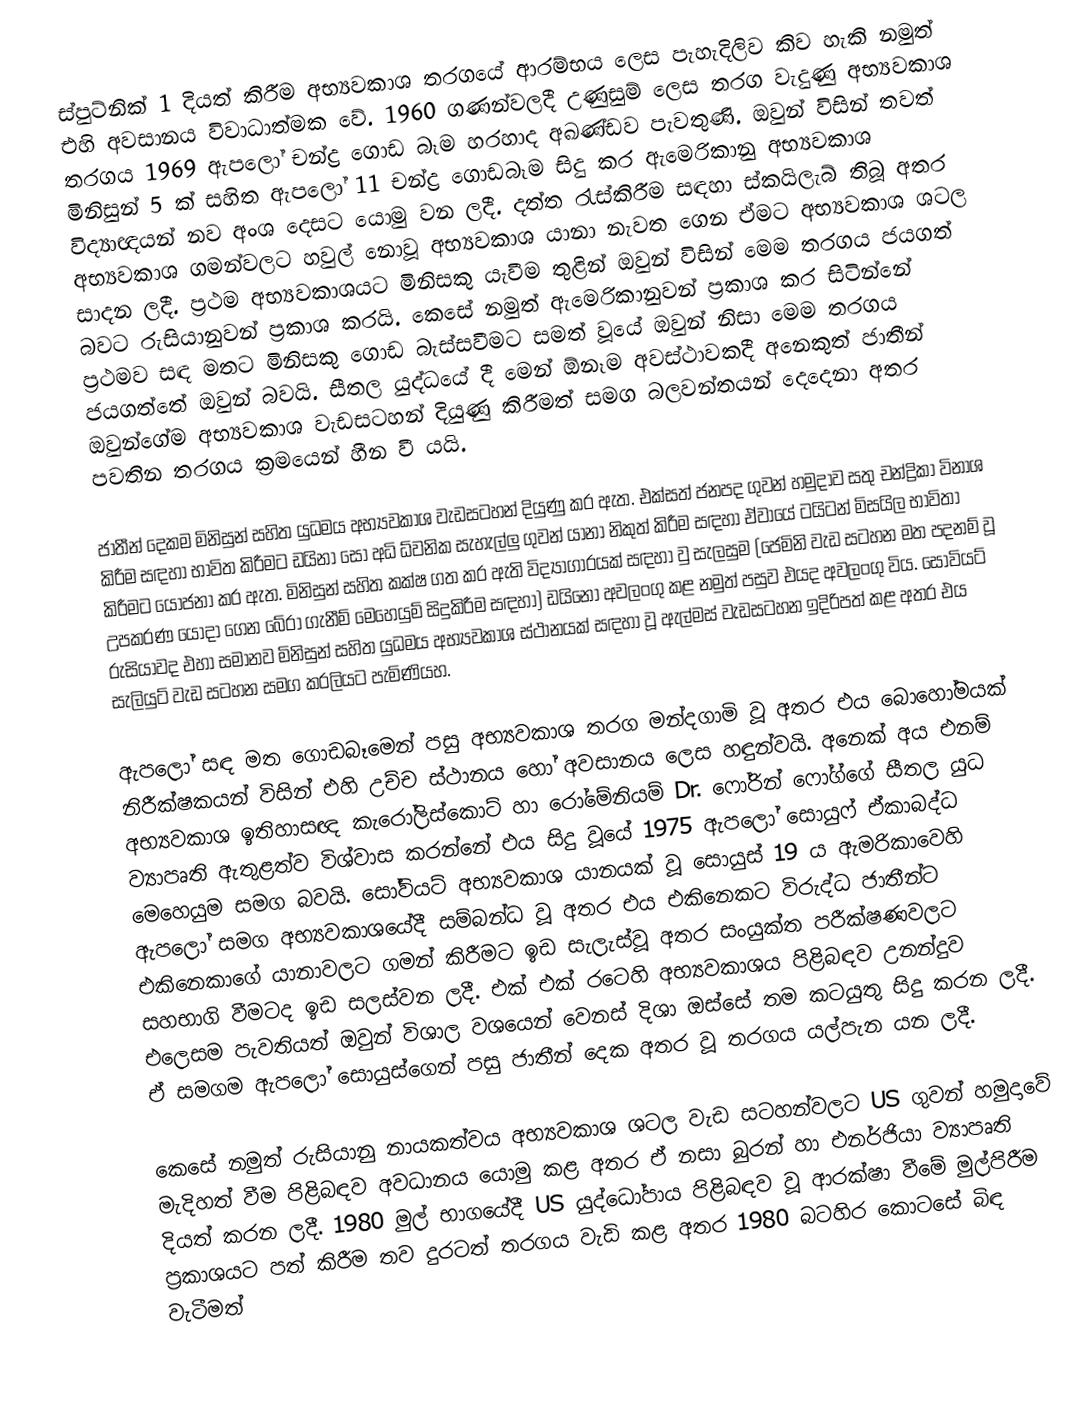
ස්පුට්නික් 1 දියත් කිරීම අභ්‍යවකාශ තරගයේ ආරම්භය ‍ලෙස පැහැදිලිව කිව හැකි නමුත් එහි අවසානය විවාධාත්මක වේ. 1960 ගණන්වලදී උණුසුම් ලෙස තරග වැදුණු අභ්‍යවකාශ තරගය 1969 ඇපලෝ චන්ද්‍ර ගොඩ බෑම හරහාද අඛණ්ඩව පැවතුණි. ඔවුන් විසින් තවත් මිනිසුන් 5 ක් සහිත ඇපලෝ 11 චන්ද්‍ර ගොඩබෑම සිදු කර ඇමෙරිකානු අභ්‍යවකාශ විද්‍යාඥයන් නව අංශ දෙසට යොමු වන ලදී. දත්ත රැස්කිරීම සඳහා ස්කයිලැබ් තිබූ අතර අභ්‍යවකාශ ගමන්වලට හවුල් නොවූ අභ්‍යවකාශ යානා නැවත ගෙන ඒමට අභ්‍යවකාශ ශටල සාදන ලදී. ප්‍රථම අභ්‍යවකාශයට මිනිසකු යැවීම තුළින් ඔවුන් විසින් මෙම තරගය ජයගත් බවට රුසියානුවන් ප්‍රකාශ කරයි. කෙසේ නමුත් ඇමෙරිකානුවන් ප්‍රකාශ කර සිටින්නේ ප්‍රථමව සඳ මතට මිනිසකු ගොඩ බැස්සවීමට සමත් වූයේ ඔවුන් නිසා මෙම තරගය ජයගත්තේ ඔවුන් බවයි.  සීතල යුද්ධයේ දී මෙන් ඕනෑම අවස්ථාවකදී අනෙකුත් ජාතීන්  ඔවුන්ගේම අභ්‍යවකාශ වැඩසටහන් දියුණු කිරීමත් සමග බලවන්තයන් දෙදෙනා අතර පවතින තරගය ක්‍රමයෙන් හීන වී යයි.

ජාතීන් දෙකම මිනිසුන් සහිත යුධමය අභ්‍යවකාශ වැඩසටහන් දියුණු කර ඇත. එක්සත් ජනපද ගුවන් හමුදාව සතු චන්ද්‍රිකා විනාශ කිරීම සඳහා භාවිත කිරීමට ඩයිනා සෝ අධි ධ්වනික සැහැල්ලු ගුවන් යානා නිකුත් කිරීම සඳහා ඒවායේ ටයිටන් මිසයිල භාවිතා කිරීමට යෝජනා කර ඇත.  මිනිසුන් සහිත කක්ෂ ගත කර ඇති විද්‍යාගාරයක් සඳහා වු සැලසුම (ජෙමිනි වැඩ සටහන මත පදනම් වූ උපකරණ යොදා ගෙන බේරා ගැනීම් මෙහෙයුම් සිදුකිරීම සඳහා) ඩයිනෝ අවලංගු කළ නමුත් පසුව එයද අවලංගු විය. සොවියට් රුසියාවද එහා සමානව මිනිසුන් සහිත යුධමය අභ්‍යවකාශ ස්ථානයක් සඳහා වූ ඇල්මස් වැඩසටහන ඉදිරිපත් කළ අතර එය සැලියුට් වැඩ සටහන සමග කරලියට පැමිණියහ.

ඇපලෝ සඳ මත ගොඩබෑමෙන් පසු අභ්‍යවකාශ තරග මන්දගාමි වූ අතර එය බොහෝමයක් නිරීක්ෂකයන් විසින් එහි උච්ච ස්ථානය හෝ අවසානය ලෙස හඳුන්වයි. අනෙක් අය එනම් අභ්‍යවකාශ ඉතිහාසඥ කැරෝලිස්කොට් හා රෝමේනියම් Dr. ෆෝරින් ෆෝග්ගේ සීතල යුධ ව්‍යාපෘති ඇතුළත්ව විශ්වාස කරන්නේ එය සිදු වූයේ 1975 ඇපලෝ සොයුෆ් ඒකාබද්ධ මෙහෙයුම සමග බවයි. සෝවියට් අභ්‍යවකාශ යානයක් වූ සොයුස් 19 ය ඇමරිකාවෙහි ඇපලෝ සමග අභ්‍යවකාශයේදී සම්බන්ධ වූ අතර එය එකිනෙකට විරුද්ධ ජාතීන්ට එකිනෙකාගේ යානාවලට ගමන් කිරීමට ඉඩ සැලැස්වූ අතර සංයුක්ත පරීක්ෂණවලට සහභාගි වීමටද ඉඩ සලස්වන ලදී. එක් එක් රටෙහි අභ්‍යවකාශය පිළිබඳව උනන්දුව එලෙසම පැවතියත් ඔවුන් විශාල වශයෙන් වෙනස් දිශා ඔස්සේ තම කටයුතු සිදු කරන ලදී. ඒ සමගම ඇපලෝ සොයුස්ගෙන් පසු ජාතීන් දෙක අතර වූ තරගය යල්පැන යන ලදී.

කෙසේ නමුත් රුසියානු නායකත්වය අභ්‍යවකාශ ශටල වැඩ සටහන්වලට US ගුවන් හමුදාවේ මැදිහත් වීම පිළිබඳව අවධානය යොමු කළ අතර ඒ නසා බුරන් හා එනර්ජියා ව්‍යාපෘති දියත් කරන ලදී. 1980 මුල් භාගයේදී US යුද්ධෝපාය පිළිබඳව වූ ආරක්ෂා වීමේ මුල්පිරීම ප්‍රකාශයට පත් කිරීම තව දුරටත් තරගය වැඩි කළ අතර 1980 බටහිර කොටසේ බිඳ වැටීමත්